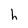
Character: h